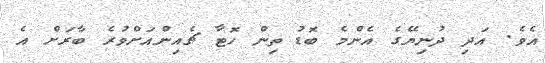
އެވެ. އަދި ދުނިޔޭގެ އެންމެ ބޮޑު ތިން ހޮޓާ ޗެއިންއަށްވުުރެ ބާރަށް އެ